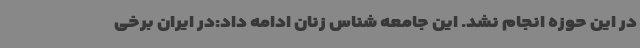
در این حوزه انجام نشد. این جامعه شناس زنان ادامه داد:در ایران برخی